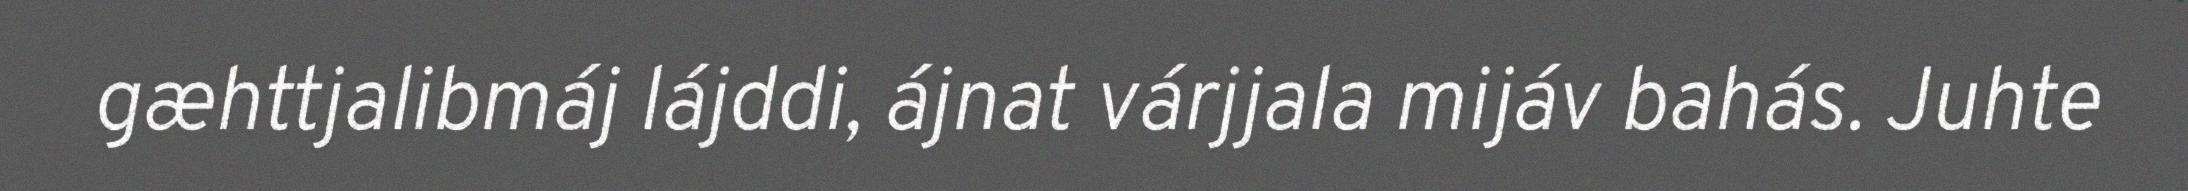
gæhttjalibmáj lájddi, ájnat várjjala mijáv bahás. Juhte